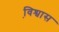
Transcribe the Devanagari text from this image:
वि़श्वास